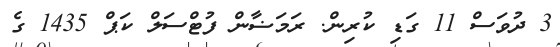
3 ދުވަސް 11 ގަޑި ކުރިން. ރަމަޟާން ފުޓްސަލް ކަޕް 1435 ގެ